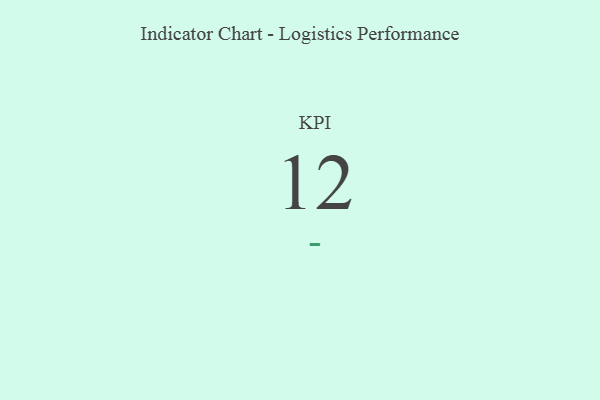
{"axis": {"x": "KPI", "y": "Value"}, "legend": [""], "data": [{"x": "KPI", "y": 12, "type": ""}]}